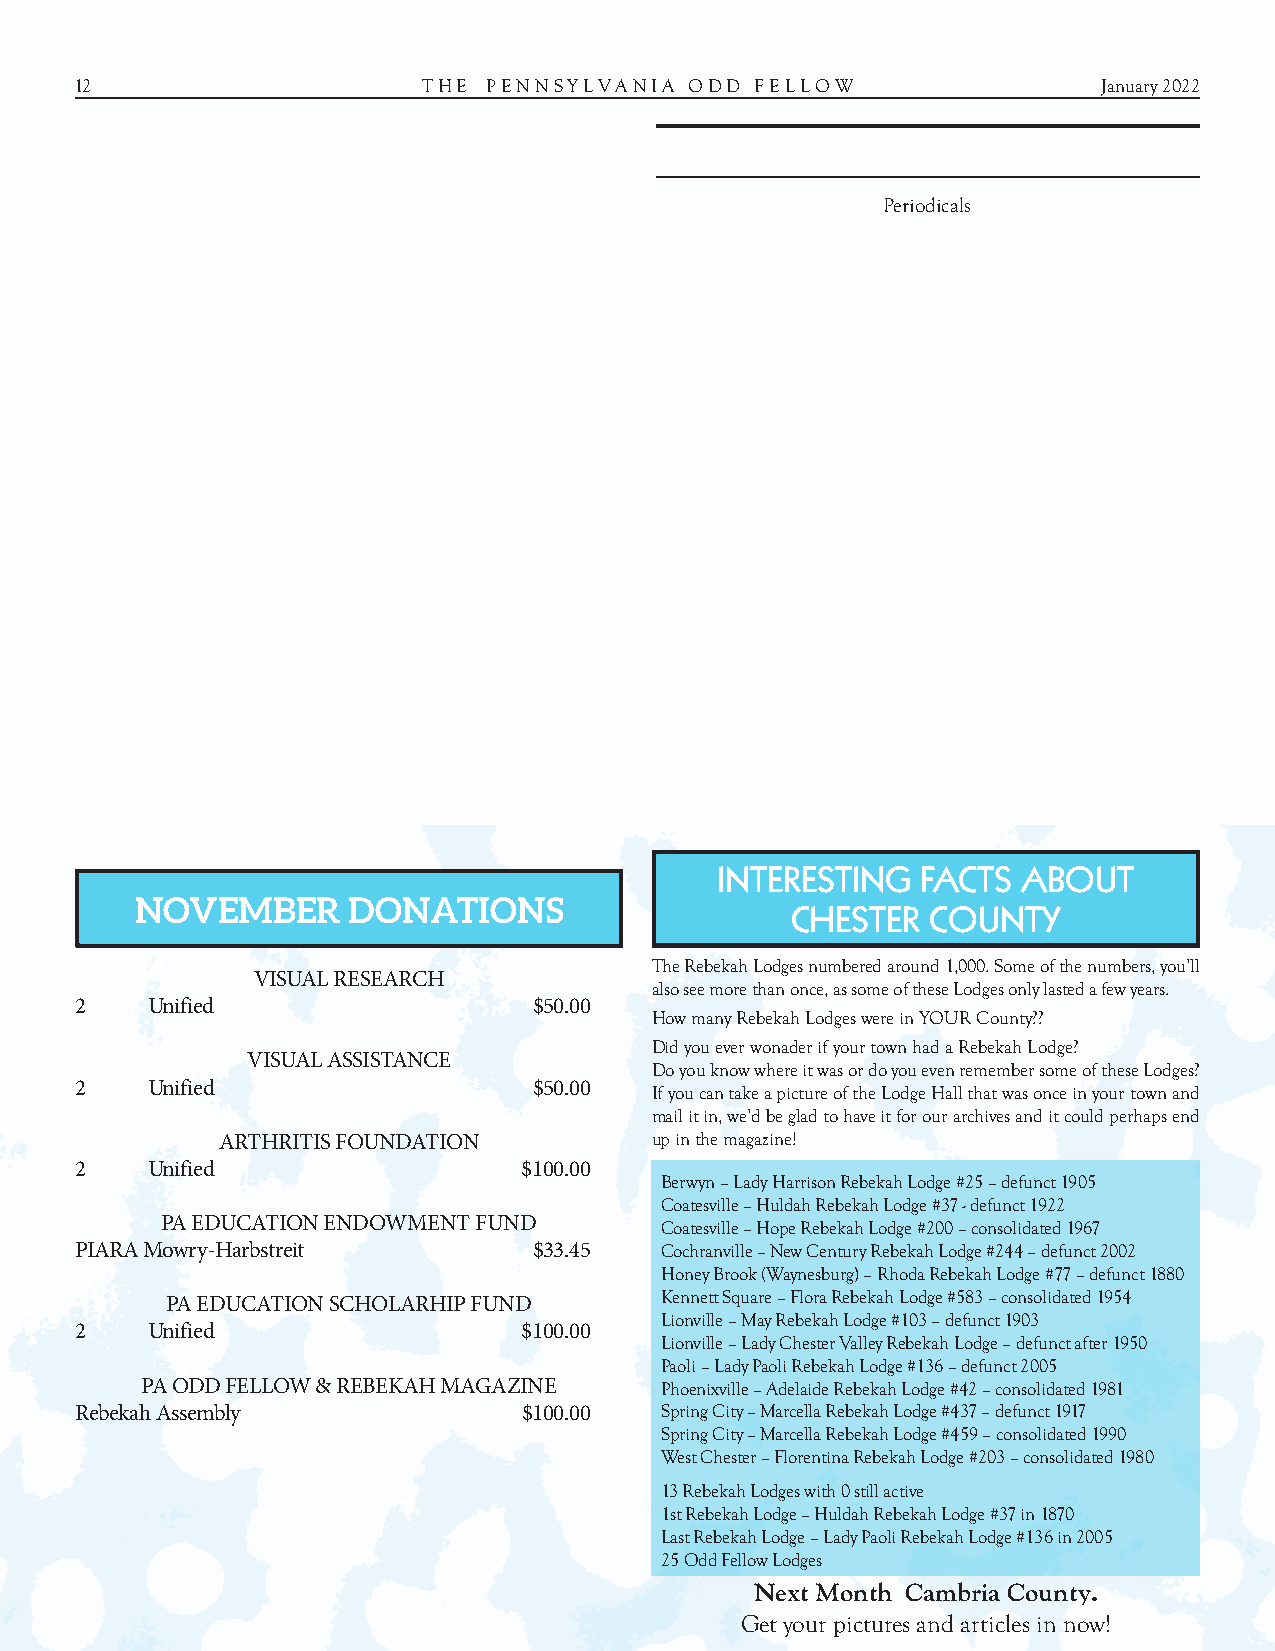
12                     T H E P E N N S Y L V A N I A O D D F E L L O W January 2022
 Periodicals
 INTERESTING   FACTS  ABOUT
 NOVEMBER      DONATIONS
 CHESTER   COUNTY
 The Rebekah Lodges numbered around 1,000. Some of the numbers, you’ll
 VISUAL RESEARCH
 also see more than once, as some of these Lodges only lasted a few years.
 2    Unified                  $50.00
 How many Rebekah Lodges were in YOUR County??
 Did you ever wonader if your town had a Rebekah Lodge?
 VISUAL ASSISTANCE
 Do you know where it was or do you even remember some of these Lodges?
 2    Unified                  $50.00  If you can take a picture of the Lodge Hall that was once in your town and
 mail it in, we’d be glad to have it for our archives and it could perhaps end
 ARTHRITIS FOUNDATION         up in the magazine!
 2    Unified                  $100.00
 Berwyn – Lady Harrison Rebekah Lodge #25 – defunct 1905
 Coatesville – Huldah Rebekah Lodge #37 - defunct 1922
 PA EDUCATION ENDOWMENT FUND      Coatesville – Hope Rebekah Lodge #200 – consolidated 1967
 PIARA Mowry-Harbstreit        $33.45   Cochranville – New Century Rebekah Lodge #244 – defunct 2002
 Honey Brook (Waynesburg) – Rhoda Rebekah Lodge #77 – defunct 1880
 Kennett Square – Flora Rebekah Lodge #583 – consolidated 1954
 PA EDUCATION SCHOLARHIP FUND
 Lionville – May Rebekah Lodge #103 – defunct 1903
 2    Unified                  $100.00
 Lionville – Lady Chester Valley Rebekah Lodge – defunct after 1950
 Paoli – Lady Paoli Rebekah Lodge #136 – defunct 2005
 PA ODD FELLOW & REBEKAH MAGAZINE   Phoenixville – Adelaide Rebekah Lodge #42 – consolidated 1981
 Rebekah Assembly              $100.00  Spring City – Marcella Rebekah Lodge #437 – defunct 1917
 Spring City – Marcella Rebekah Lodge #459 – consolidated 1990
 West Chester – Florentina Rebekah Lodge #203 – consolidated 1980
 13 Rebekah Lodges with 0 still active
 1st Rebekah Lodge – Huldah Rebekah Lodge #37 in 1870
 Last Rebekah Lodge – Lady Paoli Rebekah Lodge #136 in 2005
 25 Odd Fellow Lodges
 Next Month Cambria County.
 Get your pictures and articles in now!